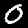
Label: 0